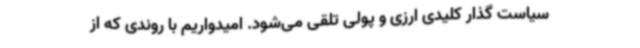
سیاست گذار کلیدی ارزی و پولی تلقی می‌شود. امیدواریم با روندی که از